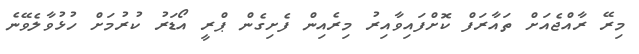
މިރޭ ރާއްޖެއަށް ތައާރަފް ކޮށްފައިވާއިރު މިރެއިން ފެށިގެން ޕްރީ އޯޑަރު ކުރުމަށް ހުޅުވާލެވޭނެ